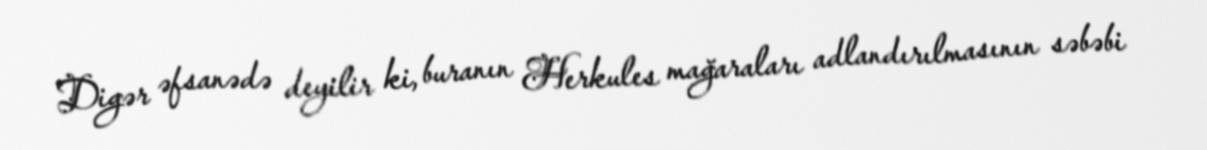
Digər əfsanədə deyilir ki, buranın Herkules mağaraları adlandırılmasının səbəbi